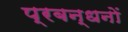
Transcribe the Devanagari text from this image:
प्रबन्धनाें